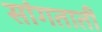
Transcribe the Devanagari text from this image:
सांगताती